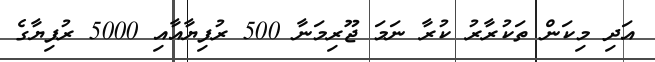
އަދި މިކަން ތަކުރާރު ކުރާ ނަމަ ޖޫރިމަނާ 500 ރުފިޔާއާއި 5000 ރުފިޔާގެ